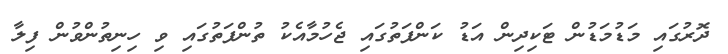
ދޮރުގައި މަޑުމަޑުން ޓަކިދިން އަޑު ކަންފަތުގައި ޖެހުމާއެކު ތުންފަތުގައި ވި ހިނިތުންވުން ފިލާ